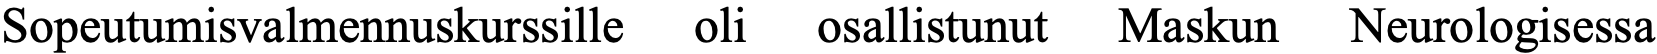
Sopeutumisvalmennuskurssille oli osallistunut Maskun Neurologisessa